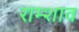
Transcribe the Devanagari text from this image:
राम्शाव